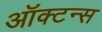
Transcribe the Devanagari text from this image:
ऑक्टन्स